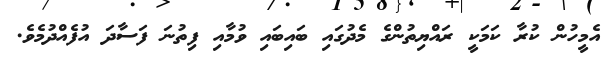
އެމީހުން ކުރާ ކަމަކީ ރައްޔިތުންގެ މެދުގައި ބައިބައި ވުމާއި ފިތުނަ ފަސާދަ އުފެއްދުމެވެ.